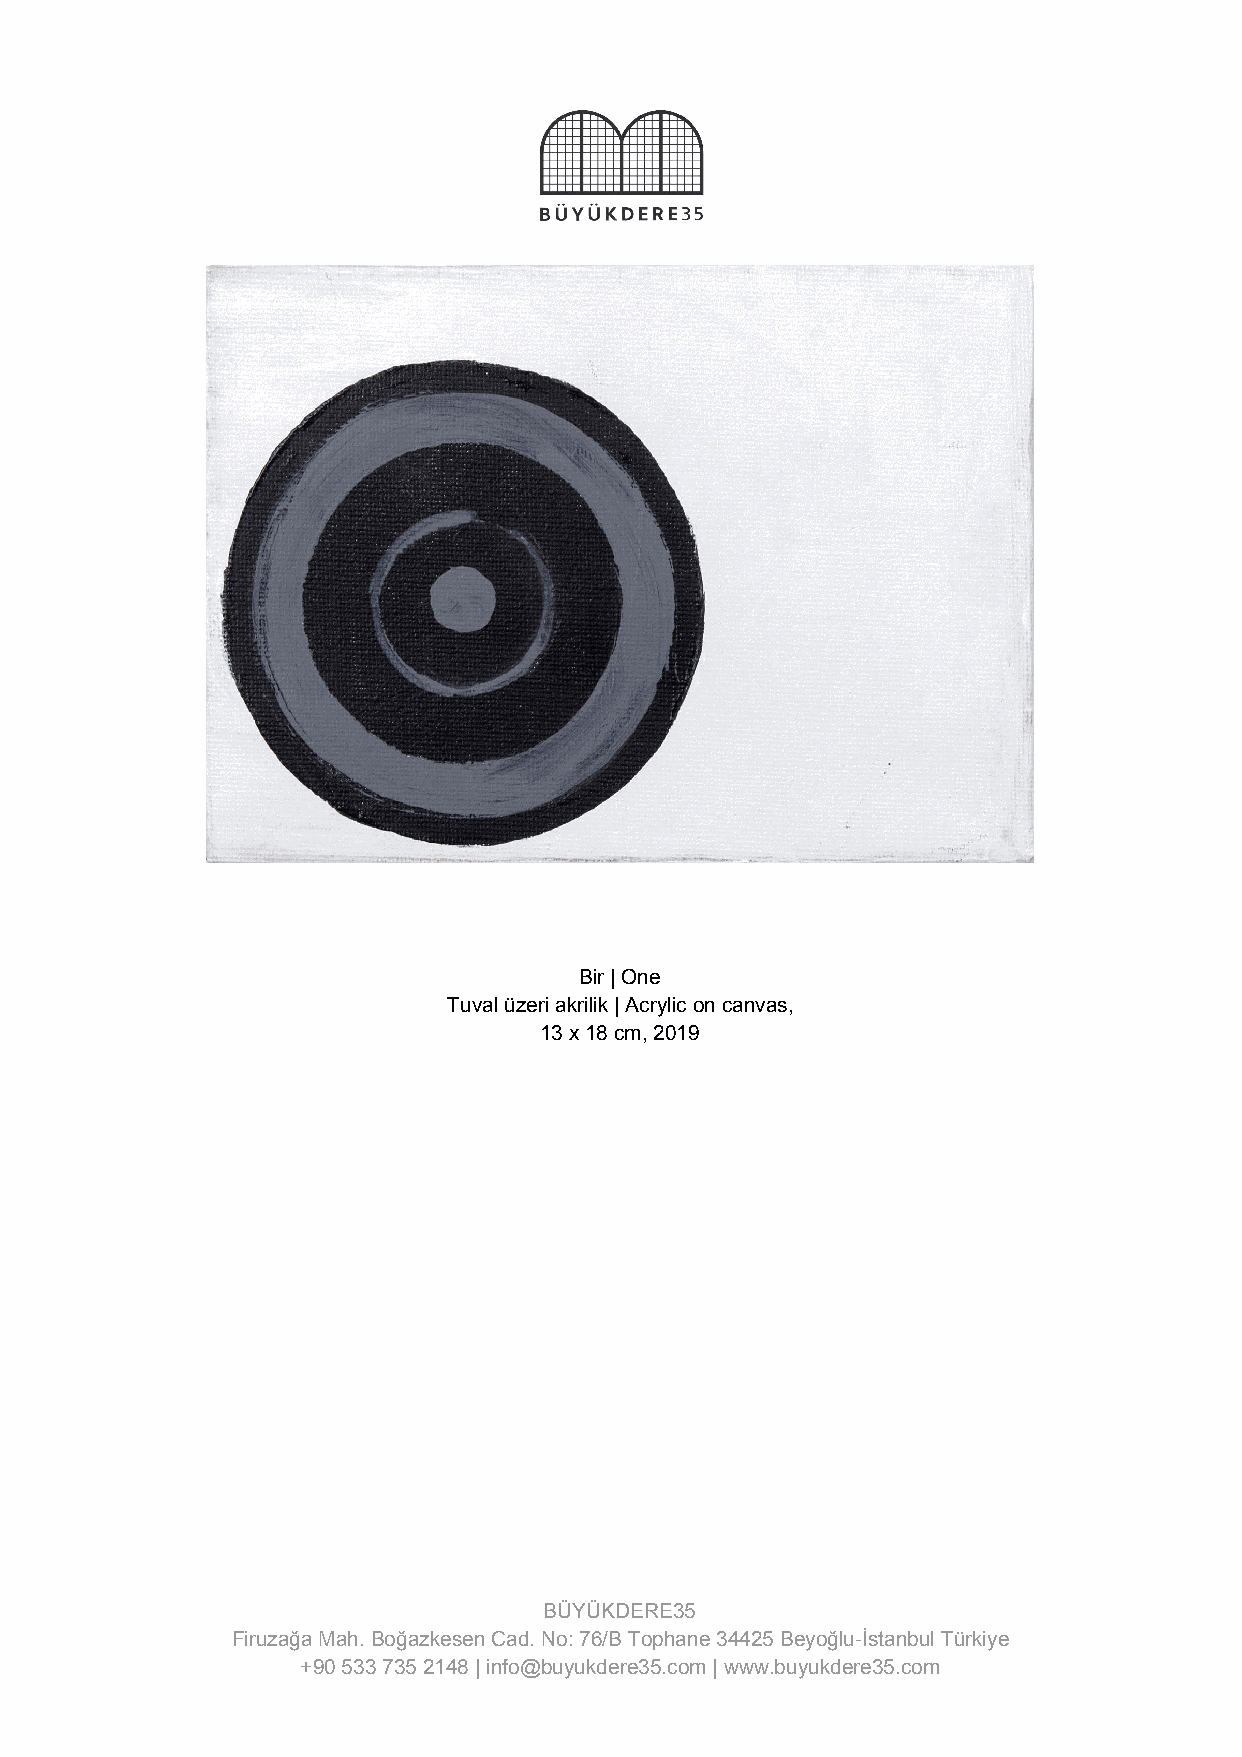
Bir | One
 Tuval üzeri akrilik | Acrylic on canvas,
 13 x 18 cm, 2019
 BÜYÜKDERE35
 Firuzağa Mah. Boğazkesen Cad. No: 76/B Tophane 34425 Beyoğlu-İstanbul Türkiye
 +90 533 735 2148 | info@buyukdere35.com | www.buyukdere35.com